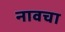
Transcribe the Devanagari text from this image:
नावचा